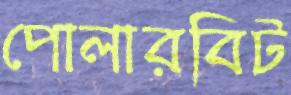
পোলারবিট